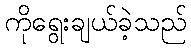
ကိုရွေးချယ်ခဲ့သည်